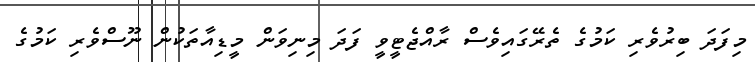
މިފަދަ ބިރުވެރި ކަމުގެ ތެރޭގައިވެސް ރާއްޖެޓީވީ ފަދަ މިނިވަން މީޑިއާތަކުން ނޫސްވެރި ކަމުގެ